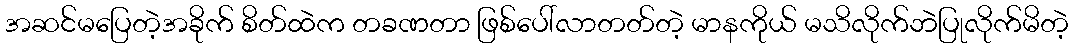
အဆင်မပြေတဲ့အခိုက် စိတ်ထဲက တခဏတာ ဖြစ်ပေါ်လာတတ်တဲ့ မာနကိုယ် မသိလိုက်ဘဲပြုလိုက်မိတဲ့